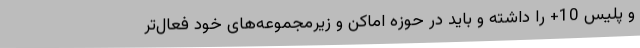
و پلیس 10+ را داشته و باید در حوزه اماکن و زیرمجموعه‌های خود فعال‌تر